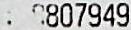
: 8807949